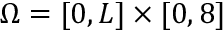
\Omega = [ 0 , L ] \times [ 0 , 8 ]